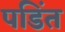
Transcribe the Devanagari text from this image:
पडिंत